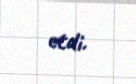
etdi.